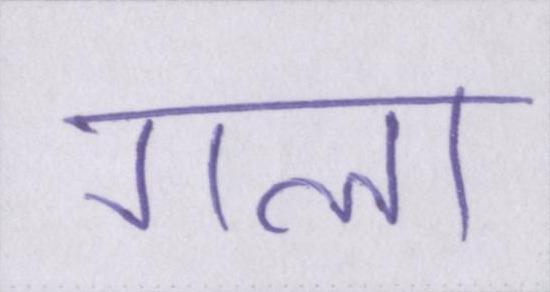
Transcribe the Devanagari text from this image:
गला